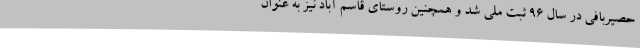
حصیربافی در سال 96 ثبت ملی شد و همچنین روستای قاسم آباد نیز به عنوان